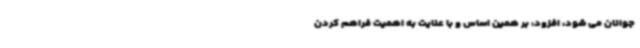
جوانان می شود، افزود: بر همین اساس و با عنایت به اهمیت فراهم کردن